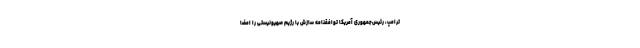
ترامپ، رئیس‌جمهوری آمریکا توافقنامه سازش با رژیم صهیونیستی را امضا